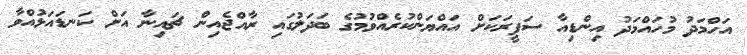
އަހްމަދު މުހައްމަދު އިންޑިއާ ސަފީރަކަށް އައްޔަންކުރެއްވުމުގެ ބަދަލުގައި ރާއްޖެއިން ޗައިނާ އަށް ކަނޑައަޅުއްވާ